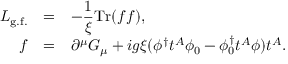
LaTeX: \begin{array} { r c l } { { { \cal L } _ { \mathrm { g . f . } } } } & { { = } } & { { \displaystyle - \frac { 1 } { \xi } \mathrm { T r } ( f f ) , } } \\ { { f } } & { { = } } & { { \partial ^ { \mu } G _ { \mu } + i g \xi ( \phi ^ { \dagger } t ^ { A } \phi _ { 0 } - \phi _ { 0 } ^ { \dagger } t ^ { A } \phi ) t ^ { A } . } } \end{array}